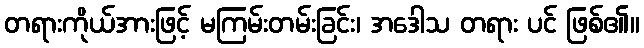
တရားကိုယ်အားဖြင့် မကြမ်းတမ်းခြင်း၊ အဒေါသ တရား ပင် ဖြစ်၏။